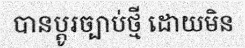
បានប្តូរច្បាប់ថ្មី ដោយមិន